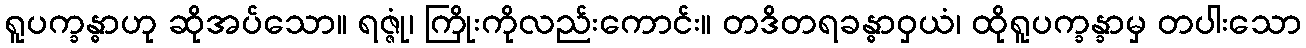
ရူပက္ခန္ဓာဟု ဆိုအပ်သော။ ရဇ္ဇုံ၊ ကြိုးကိုလည်းကောင်း။ တဒိတရခန္ဓာဝှယံ၊ ထိုရူပက္ခန္ခာမှ တပါးသော